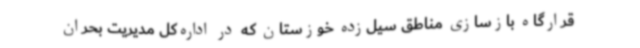
قرارگاه بازسازی مناطق سیل‌زده خوزستان که در اداره‌کل مدیریت بحران